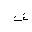
Letter: _fa